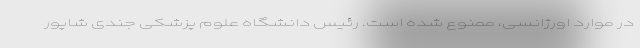
در موارد اورژانسی، ممنوع شده است. رئیس دانشگاه علوم پزشکی جندی شاپور